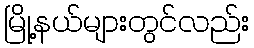
မြို့နယ်များတွင်လည်း